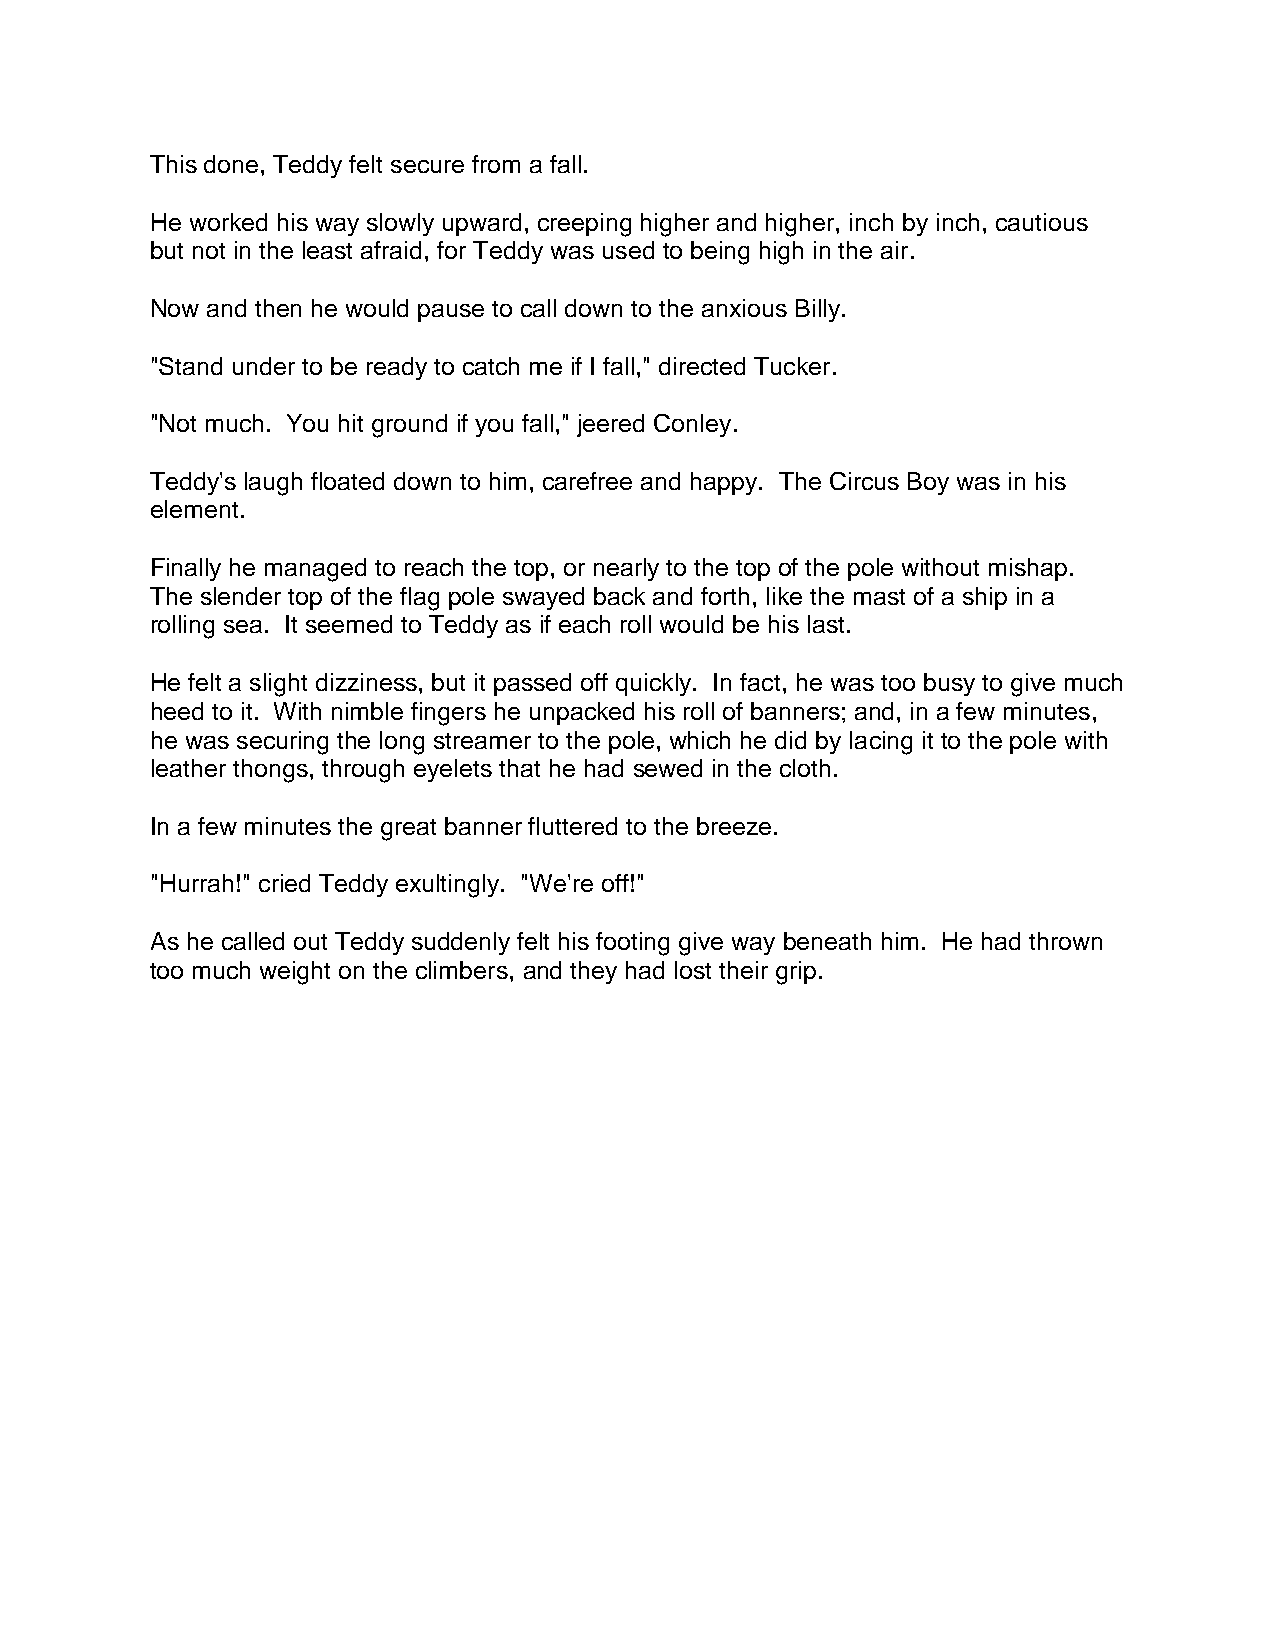
This done, Teddy felt secure from a fall.
 He worked his way slowly upward, creeping higher and higher, inch by inch, cautious
 but not in the least afraid, for Teddy was used to being high in the air.
 Now and then he would pause to call down to the anxious Billy.
 "Stand under to be ready to catch me if I fall," directed Tucker.
 "Not much. You hit ground if you fall," jeered Conley.
 Teddy's laugh floated down to him, carefree and happy. The Circus Boy was in his
 element.
 Finally he managed to reach the top, or nearly to the top of the pole without mishap.
 The slender top of the flag pole swayed back and forth, like the mast of a ship in a
 rolling sea. It seemed to Teddy as if each roll would be his last.
 He felt a slight dizziness, but it passed off quickly. In fact, he was too busy to give much
 heed to it. With nimble fingers he unpacked his roll of banners; and, in a few minutes,
 he was securing the long streamer to the pole, which he did by lacing it to the pole with
 leather thongs, through eyelets that he had sewed in the cloth.
 In a few minutes the great banner fluttered to the breeze.
 "Hurrah!" cried Teddy exultingly. "We're off!"
 As he called out Teddy suddenly felt his footing give way beneath him. He had thrown
 too much weight on the climbers, and they had lost their grip.